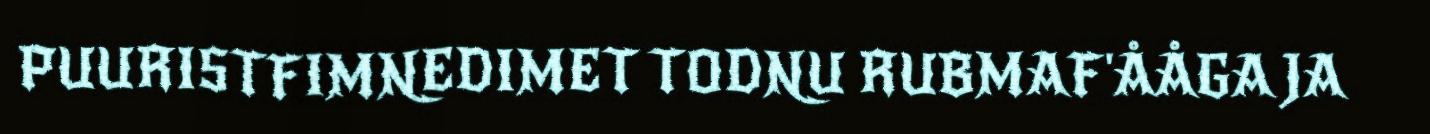
PUURISTFIMNEDIMET TODNU RUBMAF'ÅÅGA JA